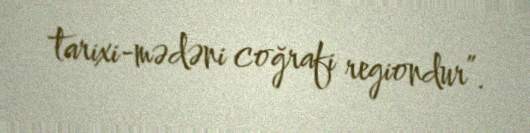
tarixi-mədəni coğrafi regiondur”.